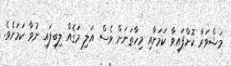
މަޝްވަރާ ކޮށްފައިވާ ކަމަށާއި މިހާތަނަށް ވެސް އަލި މަގެއް ލިބިފައި ނުވާ ކަމަށެވެ.